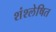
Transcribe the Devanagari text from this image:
शंश्लेषित